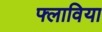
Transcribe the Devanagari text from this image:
फ्लाविया